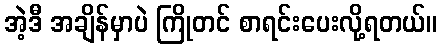
အဲ့ဒီ အချိန်မှာပဲ ကြိုတင် စာရင်းပေးလို့ရတယ်။